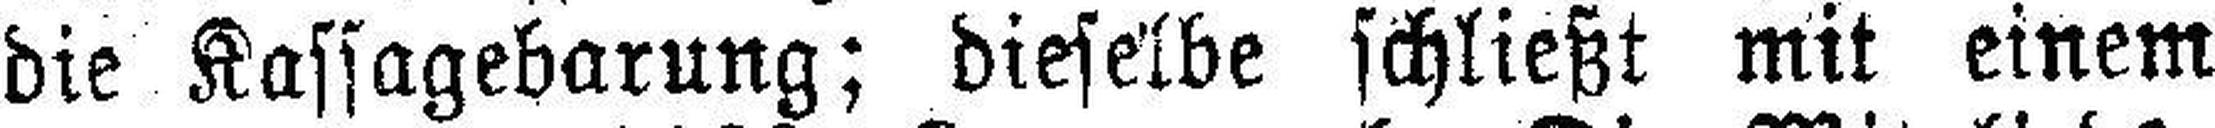
die Kassagebarung; dieselbe schließt mit einem